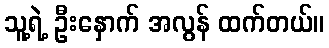
သူ့ရဲ့ ဦးနှောက် အလွန် ထက်တယ်။